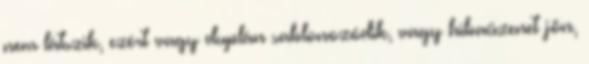
nem látszik, ezért vagy duplán sablonozódik, vagy hibaüzenet jön,